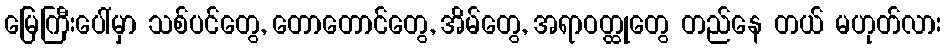
မြေကြီးပေါ်မှာ သစ်ပင်တွေ, တောတောင်တွေ, အိမ်တွေ, အရာဝတ္ထုတွေ တည်နေ တယ် မဟုတ်လား